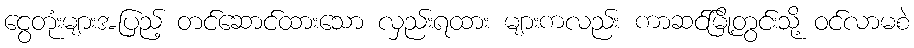
ငွေတုံးများအပြည့် တင်ဆောင်ထားသော လှည်းရထား များကလည်း ကာဆင်မြို့တွင်းသို့ ဝင်လာမစဲ